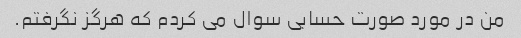
من در مورد صورت حسابی سوال می کردم که هرگز نگرفتم.